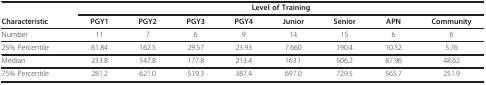
<table><thead><tr><td></td><td colspan="8"><b>Level of Training</b></td></tr><tr><td><b>Characteristic</b></td><td><b>PGY1</b></td><td><b>PGY2</b></td><td><b>PGY3</b></td><td><b>PGY4</b></td><td><b>Junior</b></td><td><b>Senior</b></td><td><b>APN</b></td><td><b>Community</b></td></tr></thead><tbody><tr><td>Number</td><td>11</td><td>7</td><td>6</td><td>9</td><td>14</td><td>15</td><td>6</td><td>6</td></tr><tr><td>25% Percentile</td><td>61.84</td><td>162.5</td><td>29.57</td><td>23.93</td><td>7.660</td><td>190.4</td><td>10.52</td><td>5.76</td></tr><tr><td>Median</td><td>233.8</td><td>547.8</td><td>177.8</td><td>213.4</td><td>163.1</td><td>506.2</td><td>87.96</td><td>48.62</td></tr><tr><td>75% Percentile</td><td>281.2</td><td>621.0</td><td>519.3</td><td>387.4</td><td>697.0</td><td>729.5</td><td>565.7</td><td>251.9</td></tr></tbody></table>